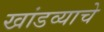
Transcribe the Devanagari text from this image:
खांडव्याचे